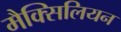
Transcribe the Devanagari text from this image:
मैक्सिलियन